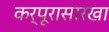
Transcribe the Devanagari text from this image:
कर्पूरासारखा